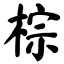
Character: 棕